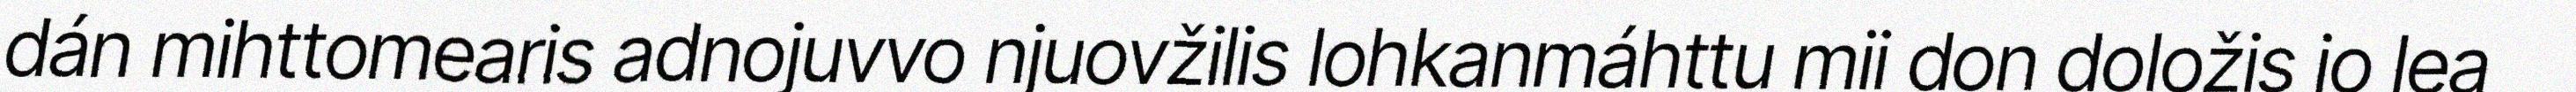
dán mihttomearis adnojuvvo njuovžilis lohkanmáhttu mii don doložis jo lea